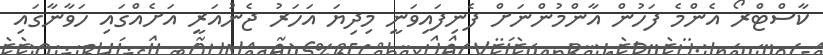
ކާސްޓްރޯ އެންމެ ފަހުން އާންމުންނަށް ފެނިފައިވަނީ މިދިޔަ އަހަރު ޖެނުއަރީ އަށެއްގައި ހަވާނާގައި